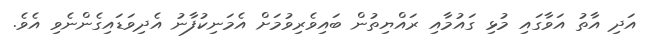
އަދި އާތު އަވާގައި މުޅި ގައުމާއި ރައްޔިތުން ބައިވެރިވުމަށް އެމަނިކުފާނު އެދިވަޑައިގެންނެވި އެވެ.